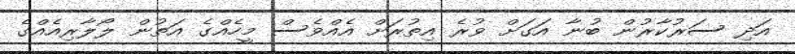
އަދި ސަރުކާރުން ބުނާ އަގަށް ވުރެ އިތުރަށް އެއްވެސް މީހެއްގެ އަތުން ލޯލާރިއެއްގެ